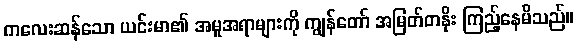
ကလေးဆန်သော ယင်းမာ၏ အမူအရာများကို ကျွန်တော် အမြတ်တနိုး ကြည့်နေမိသည်။